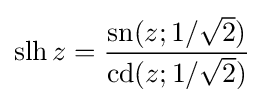
\operatorname {slh} z={\frac {\operatorname {sn} (z;1/{\sqrt {2}})}{\operatorname {cd} (z;1/{\sqrt {2}})}}